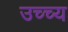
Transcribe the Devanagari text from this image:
उच्च्य